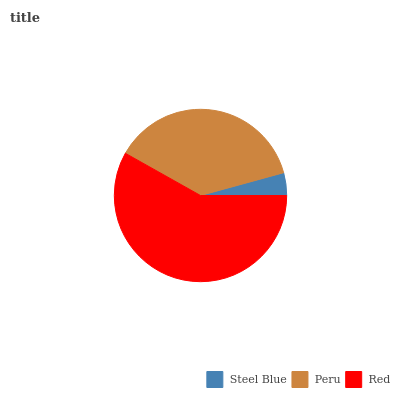
| Steel Blue | Peru | Red |
 | --- | --- | --- |
 | 4.25% | 37.6% | 58.1% |